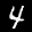
Label: 4